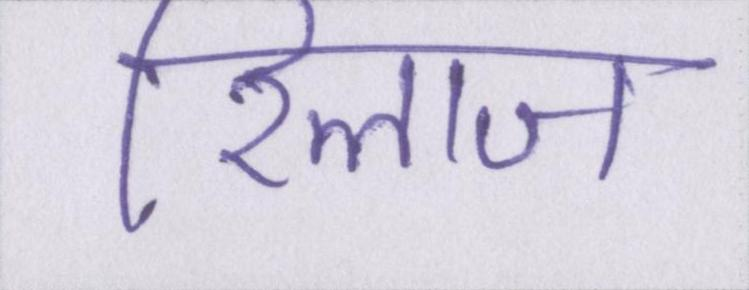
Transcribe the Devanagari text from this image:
रिलाज